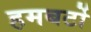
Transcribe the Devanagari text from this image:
हमबर्टो